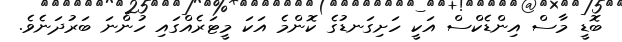
ބޮޑީ މާސް އިންޑެކްސް އަކީ ހަށިގަނޑުގެ ކޮންމެ އަކަ މީޓަރެއްގައި ހުންނަ ބަރުދަނެވެ.